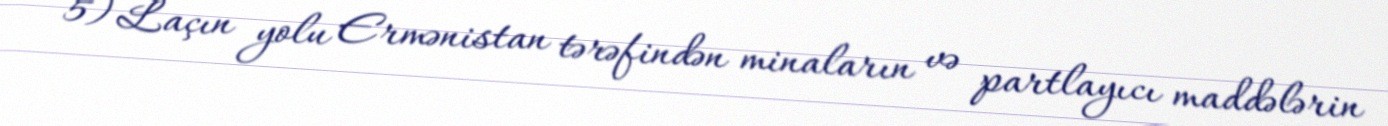
5) Laçın yolu Ermənistan tərəfindən minaların və partlayıcı maddələrin